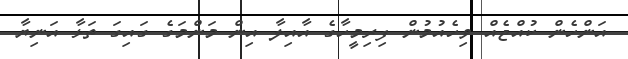
އަންހެން ކުއްޖެއް ވިހެއުމުން ފިރިމީހާގެ އާއިލާ އިން މަންމަގެ ގައިގަ ތަޅާ އަނިޔާ